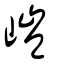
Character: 嵦